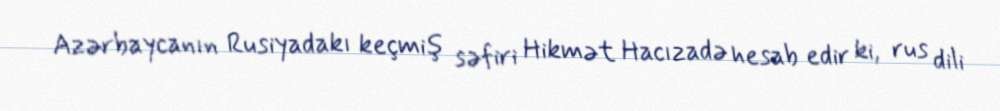
Azərbaycanın Rusiyadakı keçmiş səfiri Hikmət Hacızadə hesab edir ki, rus dili